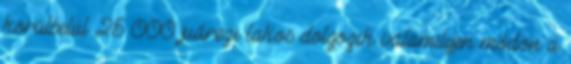
körülbelül 25 000 juárezi lakos dolgozik valamilyen módon a